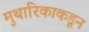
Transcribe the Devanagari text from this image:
मुथारिकाकडून